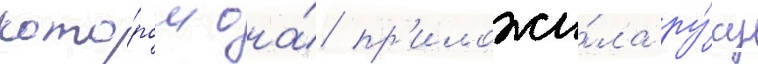
кото́ром она́ пр'иложи́ла ру́ку